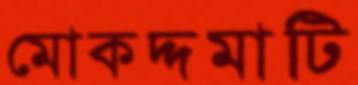
মোকদ্দমাটি